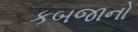
કબજાનો